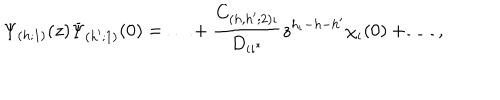
\Psi _ { ( h ; 1 ) } ( z ) \Psi _ { ( h ^ { \prime } ; 1 ) } ( 0 ) = \ldots + \frac { C _ { ( h , h ^ { \prime } ; 2 ) \iota } } { D _ { \iota \iota ^ { * } } } z ^ { h _ { \iota } - h - h ^ { \prime } } \chi _ { \iota } ( 0 ) + \ldots \, ,